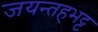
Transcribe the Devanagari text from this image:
जयन्तहभट्ट